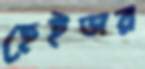
হেইডার